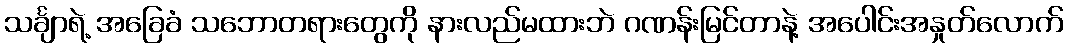
သင်္ချာရဲ့ အခြေခံ သဘောတရားတွေကို နားလည်မထားဘဲ ဂဏန်းမြင်တာနဲ့ အပေါင်းအနှုတ်လောက်